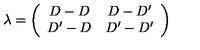
\lambda = \left( \begin{array} { c c } { D - D } & { D - D ^ { \prime } } \\ { D ^ { \prime } - D } & { D ^ { \prime } - D ^ { \prime } } \\ \end{array} \right)